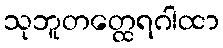
သုဘူတတ္ထေရဂါထာ